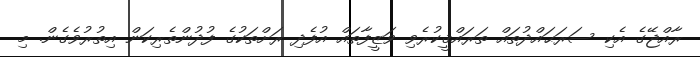
ރާއްޖޭގެ އެކި ސަރަޙައްދުތައް ތަރައްޤީކުރެވި ވަޒީފާތައް އުފެދި ރަށްތަކުގެ ފުދުންތެރިކަން އިތުރުވެގެން. މި